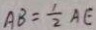
A B = \frac { 1 } { 2 } A E